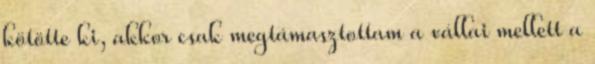
kötötte ki, akkor csak megtámasztottam a vállai mellett a